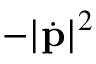
- | { \dot { \mathbf { p } } } | ^ { 2 }